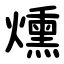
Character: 燻